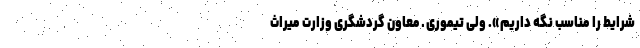
شرایط را مناسب نگه داریم». ولی تیموری ـ معاون گردشگری وزارت میراث